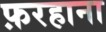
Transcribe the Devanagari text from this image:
फ़रहाना